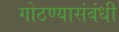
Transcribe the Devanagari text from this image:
गोठण्यासंबंधी